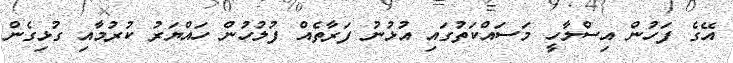
އޭގެ ފަހުން އިސްލާހީ މަސައްކަތުގައި އުޅުނު ފަރާތެއް ފުލުހުން ހައްޔަރު ކުރުމާއި ގުޅިގެން